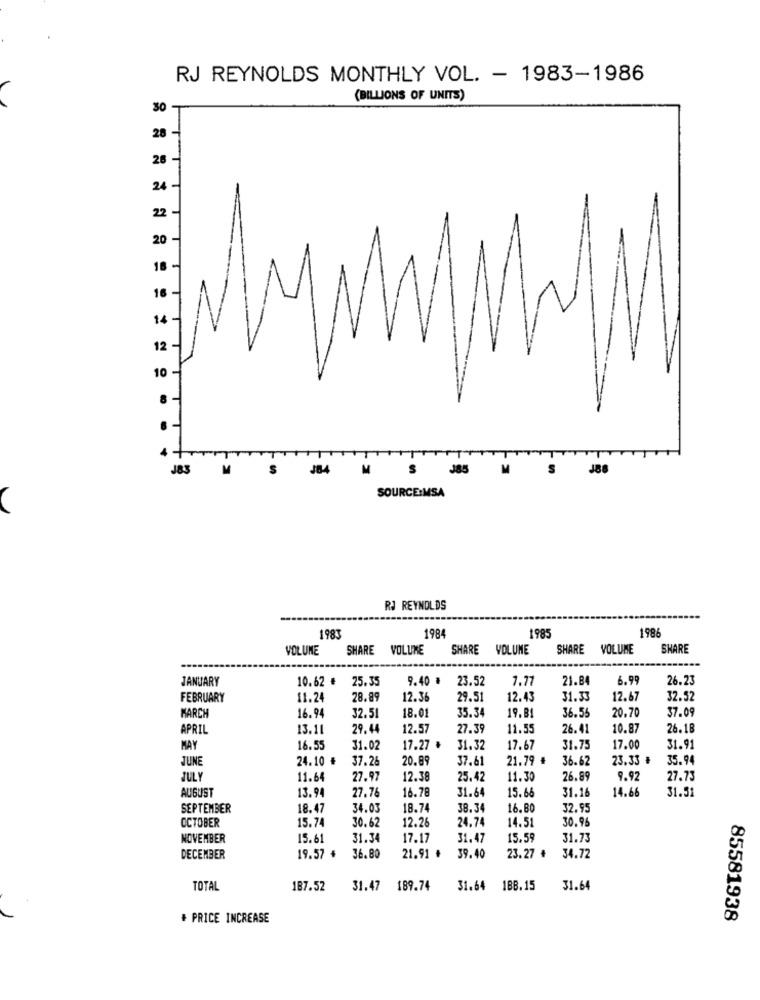
RJ REYNOLDS MONTHLY VOL. - 1983-1986
(BILLIONS OF UNITS)
30
28 -
26 -
HT
24
22 -
20
18
16
14
12
10
J83
M
$
484
J85
JB
SOURCE:MSA
RJ REYNOLDS
1984
1985
1986
1983
VOLUME
SHARE VOLUME
SHARE VOLUME
SHARE VOLUME
SHARE
JANUARY
10.62 ₺
25.35
9.40 #
23.52
1.7
21.84
6.99
26.23
FEBRUARY
11.24
28.89
12.36
29.51
12.43
31.33
12.67
32.52
MARCH
18.01
35.34
19. B
36.5
20.70
37.09
16.94
32.51
APRIL
13.11
29.44
12.57
27.39
11.55
26.41
10.87
26.18
MAY
16.55
31.02
17.27 ₺
31.32
17.67
31.75
17.00
31.91
JUNE
24.10 ₺
37.26
20.89
37.61
21.79 #
36.62
23.33 ₺
35.94
JULY
11.64
27.97
12.38
25.42
11.30
26.89
9.92
27.73
AUGUST
13.94
15.66
31.16
14.68
31.51
27.76
16.78
31.64
SEPTEMBER
18.47
34.03
18.74
38.34
16.80
32.95
OCTOBER
15.74
12.26
24.74
14.5
30.96
30.62
NOVEMBER
15.61
31.34
17.17
31.47
15.59
31.73
DECEMBER
19.57 +
36.80
21.91 ₺
39.40
23.27 ₺
34.72
TOTAL
187.52
31.47
189.74
31.64 188.15
31.64
+ PRICE INCREASE
85581938